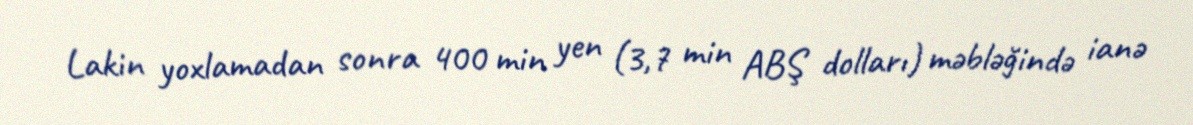
Lakin yoxlamadan sonra 400 min yen (3,7 min ABŞ dolları) məbləğində ianə